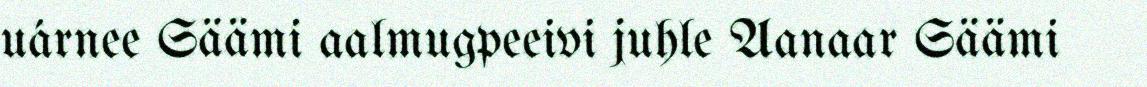
uárnee Säämi aalmugpeeivi juhle Aanaar Säämi